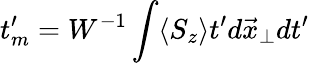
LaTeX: t_{m}^{\prime}=W^{-1}\int\langle S_{z}\rangle t^{\prime}d\vec{x}_{\perp}dt^{\prime}